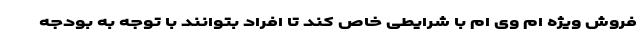
فروش ویژه ام وی ام با شرایطی خاص کند تا افراد بتوانند با توجه به بودجه